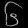
Digit: ၆